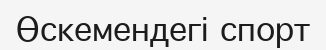
Өскемендегі спорт